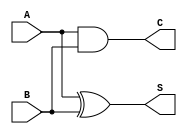
`timescale 1ns / 1ps
//////////////////////////////////////////////////////////////////////////////////
// Company: 
// Engineer: 
// 
// Design Name: 
// Module Name:    HalfAdder 
// Project Name: 
// Target Devices: 
// Tool versions: 
// Description: 
//
// Dependencies: 
//
// Revision: 
// Revision 0.01 - File Created
// Additional Comments: 
//
//////////////////////////////////////////////////////////////////////////////////
module HalfAdder(
	input A,
	input B,
	output S,
	output C
    );

	assign C = A&B;
	assign S = A^B;

endmodule